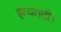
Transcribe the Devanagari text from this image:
इत्यतदी।